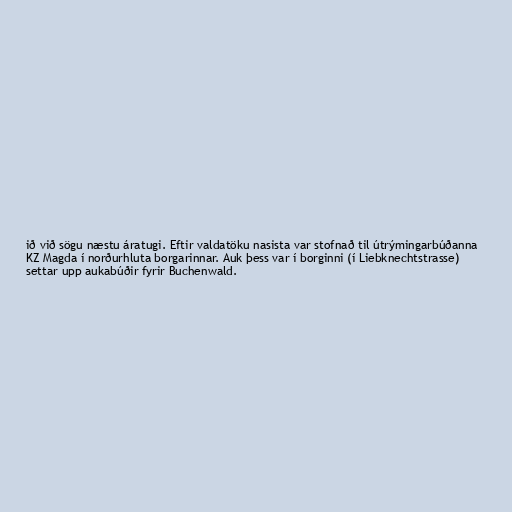
ið við sögu næstu áratugi. Eftir valdatöku nasista var stofnað til útrýmingarbúðanna
KZ Magda í norðurhluta borgarinnar. Auk þess var í borginni (í Liebknechtstrasse)
settar upp aukabúðir fyrir Buchenwald.